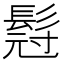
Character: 𮫇